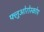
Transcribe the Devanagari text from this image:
फ्लुओरोस्कोप